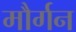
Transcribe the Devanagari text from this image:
मौर्गन